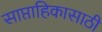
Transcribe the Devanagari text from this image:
साप्ताहिकासाठी